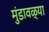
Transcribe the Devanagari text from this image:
मुंडावळ्या